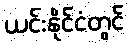
ယင်းနိုင်ငံတွင်